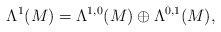
LaTeX: \begin{align*}\Lambda^1(M)=\Lambda^{1,0}(M)\oplus\Lambda^{0,1}(M),\end{align*}